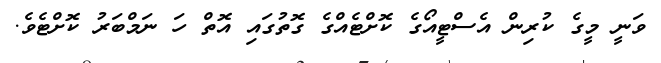
ވަނީ މީގެ ކުރިން އެސްޓީއޯގެ ކޮށްޓެއްގެ ގޮތުގައި އޮތް ހަ ނަމްބަރު ކޮށްޓެވެ.